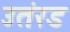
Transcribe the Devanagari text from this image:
उतंरड